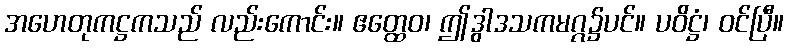
အဟေတုကဋ္ဌကသည် လည်းကောင်း။ ဧတ္ထေဝ၊ ဤဒွါဒသကမဂ္ဂ၌ပင်။ ပဝိဋ္ဌံ၊ ဝင်ပြီ။